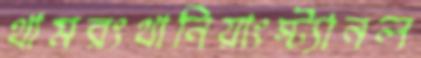
থামরংথানিয়াংস্ট্যানল